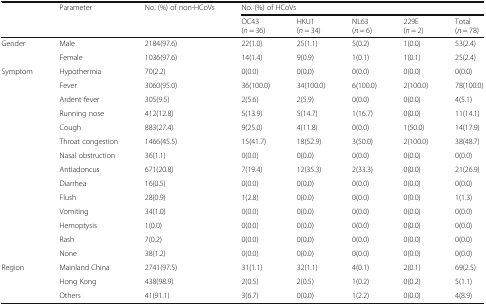
<table><thead><tr><td></td><td><b>Parameter</b></td><td><b>No. (%) of non-HCoVs</b></td><td colspan="5"><b>No. (%) of HCoVs</b></td></tr><tr><td></td><td></td><td></td><td><b>OC43(<i>n</i> = 36)</b></td><td><b>HKU1(<i>n</i> = 34)</b></td><td><b>NL63(<i>n</i> = 6)</b></td><td><b>229E(<i>n</i> = 2)</b></td><td><b>Total(<i>n</i> = 78)</b></td></tr></thead><tbody><tr><td>Gender</td><td>Male</td><td>2184(97.6)</td><td>22(1.0)</td><td>25(1.1)</td><td>5(0.2)</td><td>1(0.0)</td><td>53(2.4)</td></tr><tr><td></td><td>Female</td><td>1036(97.6)</td><td>14(1.4)</td><td>9(0.9)</td><td>1(0.1)</td><td>1(0.1)</td><td>25(2.4)</td></tr><tr><td>Symptom</td><td>Hypothermia</td><td>70(2.2)</td><td>0(0.0)</td><td>0(0.0)</td><td>0(0.0)</td><td>0(0.0)</td><td>0(0.0)</td></tr><tr><td></td><td>Fever</td><td>3060(95.0)</td><td>36(100.0)</td><td>34(100.0)</td><td>6(100.0)</td><td>2(100.0)</td><td>78(100.0)</td></tr><tr><td></td><td>Ardent fever</td><td>305(9.5)</td><td>2(5.6)</td><td>2(5.9)</td><td>0(0.0)</td><td>0(0.0)</td><td>4(5.1)</td></tr><tr><td></td><td>Running nose</td><td>412(12.8)</td><td>5(13.9)</td><td>5(14.7)</td><td>1(16.7)</td><td>0(0.0)</td><td>11(14.1)</td></tr><tr><td></td><td>Cough</td><td>883(27.4)</td><td>9(25.0)</td><td>4(11.8)</td><td>0(0.0)</td><td>1(50.0)</td><td>14(17.9)</td></tr><tr><td></td><td>Throat congestion</td><td>1466(45.5)</td><td>15(41.7)</td><td>18(52.9)</td><td>3(50.0)</td><td>2(100.0)</td><td>38(48.7)</td></tr><tr><td></td><td>Nasal obstruction</td><td>36(1.1)</td><td>0(0.0)</td><td>0(0.0)</td><td>0(0.0)</td><td>0(0.0)</td><td>0(0.0)</td></tr><tr><td></td><td>Antiadoncus</td><td>671(20.8)</td><td>7(19.4)</td><td>12(35.3)</td><td>2(33.3)</td><td>0(0.0)</td><td>21(26.9)</td></tr><tr><td></td><td>Diarrhea</td><td>16(0.5)</td><td>0(0.0)</td><td>0(0.0)</td><td>0(0.0)</td><td>0(0.0)</td><td>0(0.0)</td></tr><tr><td></td><td>Flush</td><td>28(0.9)</td><td>1(2.8)</td><td>0(0.0)</td><td>0(0.0)</td><td>0(0.0)</td><td>1(1.3)</td></tr><tr><td></td><td>Vomiting</td><td>34(1.0)</td><td>0(0.0)</td><td>0(0.0)</td><td>0(0.0)</td><td>0(0.0)</td><td>0(0.0)</td></tr><tr><td></td><td>Hemoptysis</td><td>1(0.0)</td><td>0(0.0)</td><td>0(0.0)</td><td>0(0.0)</td><td>0(0.0)</td><td>0(0.0)</td></tr><tr><td></td><td>Rash</td><td>7(0.2)</td><td>0(0.0)</td><td>0(0.0)</td><td>0(0.0)</td><td>0(0.0)</td><td>0(0.0)</td></tr><tr><td></td><td>None</td><td>38(1.2)</td><td>0(0.0)</td><td>0(0.0)</td><td>0(0.0)</td><td>0(0.0)</td><td>0(0.0)</td></tr><tr><td>Region</td><td>Mainland China</td><td>2741(97.5)</td><td>31(1.1)</td><td>32(1.1)</td><td>4(0.1)</td><td>2(0.1)</td><td>69(2.5)</td></tr><tr><td></td><td>Hong Kong</td><td>438(98.9)</td><td>2(0.5)</td><td>2(0.5)</td><td>1(0.2)</td><td>0(0.2)</td><td>5(1.1)</td></tr><tr><td></td><td>Others</td><td>41(91.1)</td><td>3(6.7)</td><td>0(0.0)</td><td>1(2.2)</td><td>0(0.0)</td><td>4(8.9)</td></tr></tbody></table>